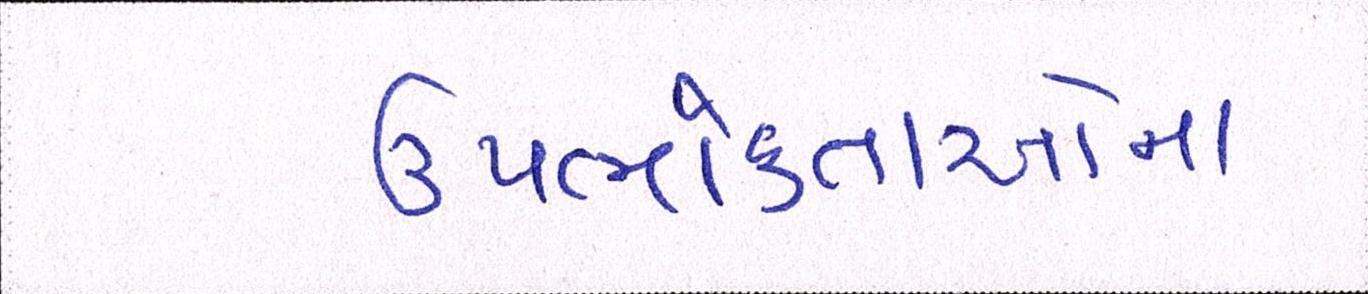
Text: ઉપભોક્તાઓના